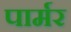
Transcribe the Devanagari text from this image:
पार्मर